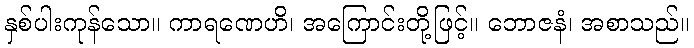
နှစ်ပါးကုန်သော။ ကာရဏေဟိ၊ အကြောင်းတို့ဖြင့်။ ဘောဇနံ၊ အစာသည်။